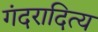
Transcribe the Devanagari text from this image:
गंदरादित्य